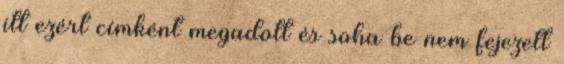
itt ezért címként megadott és soha be nem fejezett